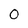
Character: 0